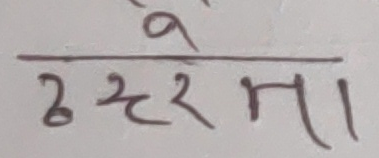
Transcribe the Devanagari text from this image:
हुँ
ठहरेना